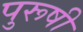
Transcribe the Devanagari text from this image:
पुरूषी